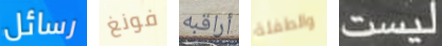
رسائل فونغ أراقبه والطفلة ليست